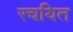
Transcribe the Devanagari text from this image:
रचयित